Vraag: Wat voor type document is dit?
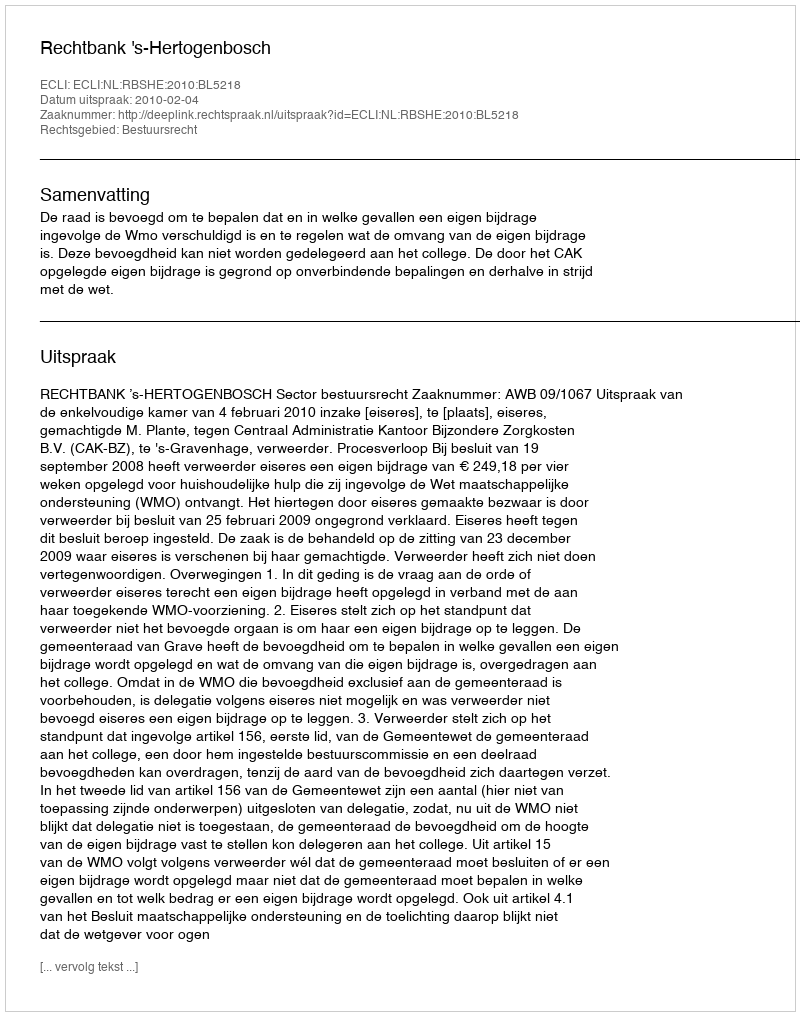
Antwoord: Uitspraak